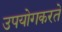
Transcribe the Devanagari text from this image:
उपयोगकरते